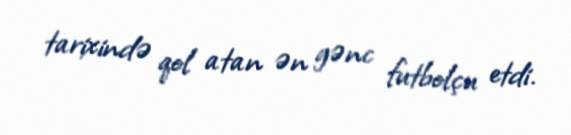
tarixində qol atan ən gənc futbolçu etdi.